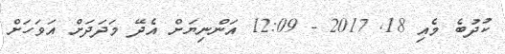
ކުދުބެ މެއި 18